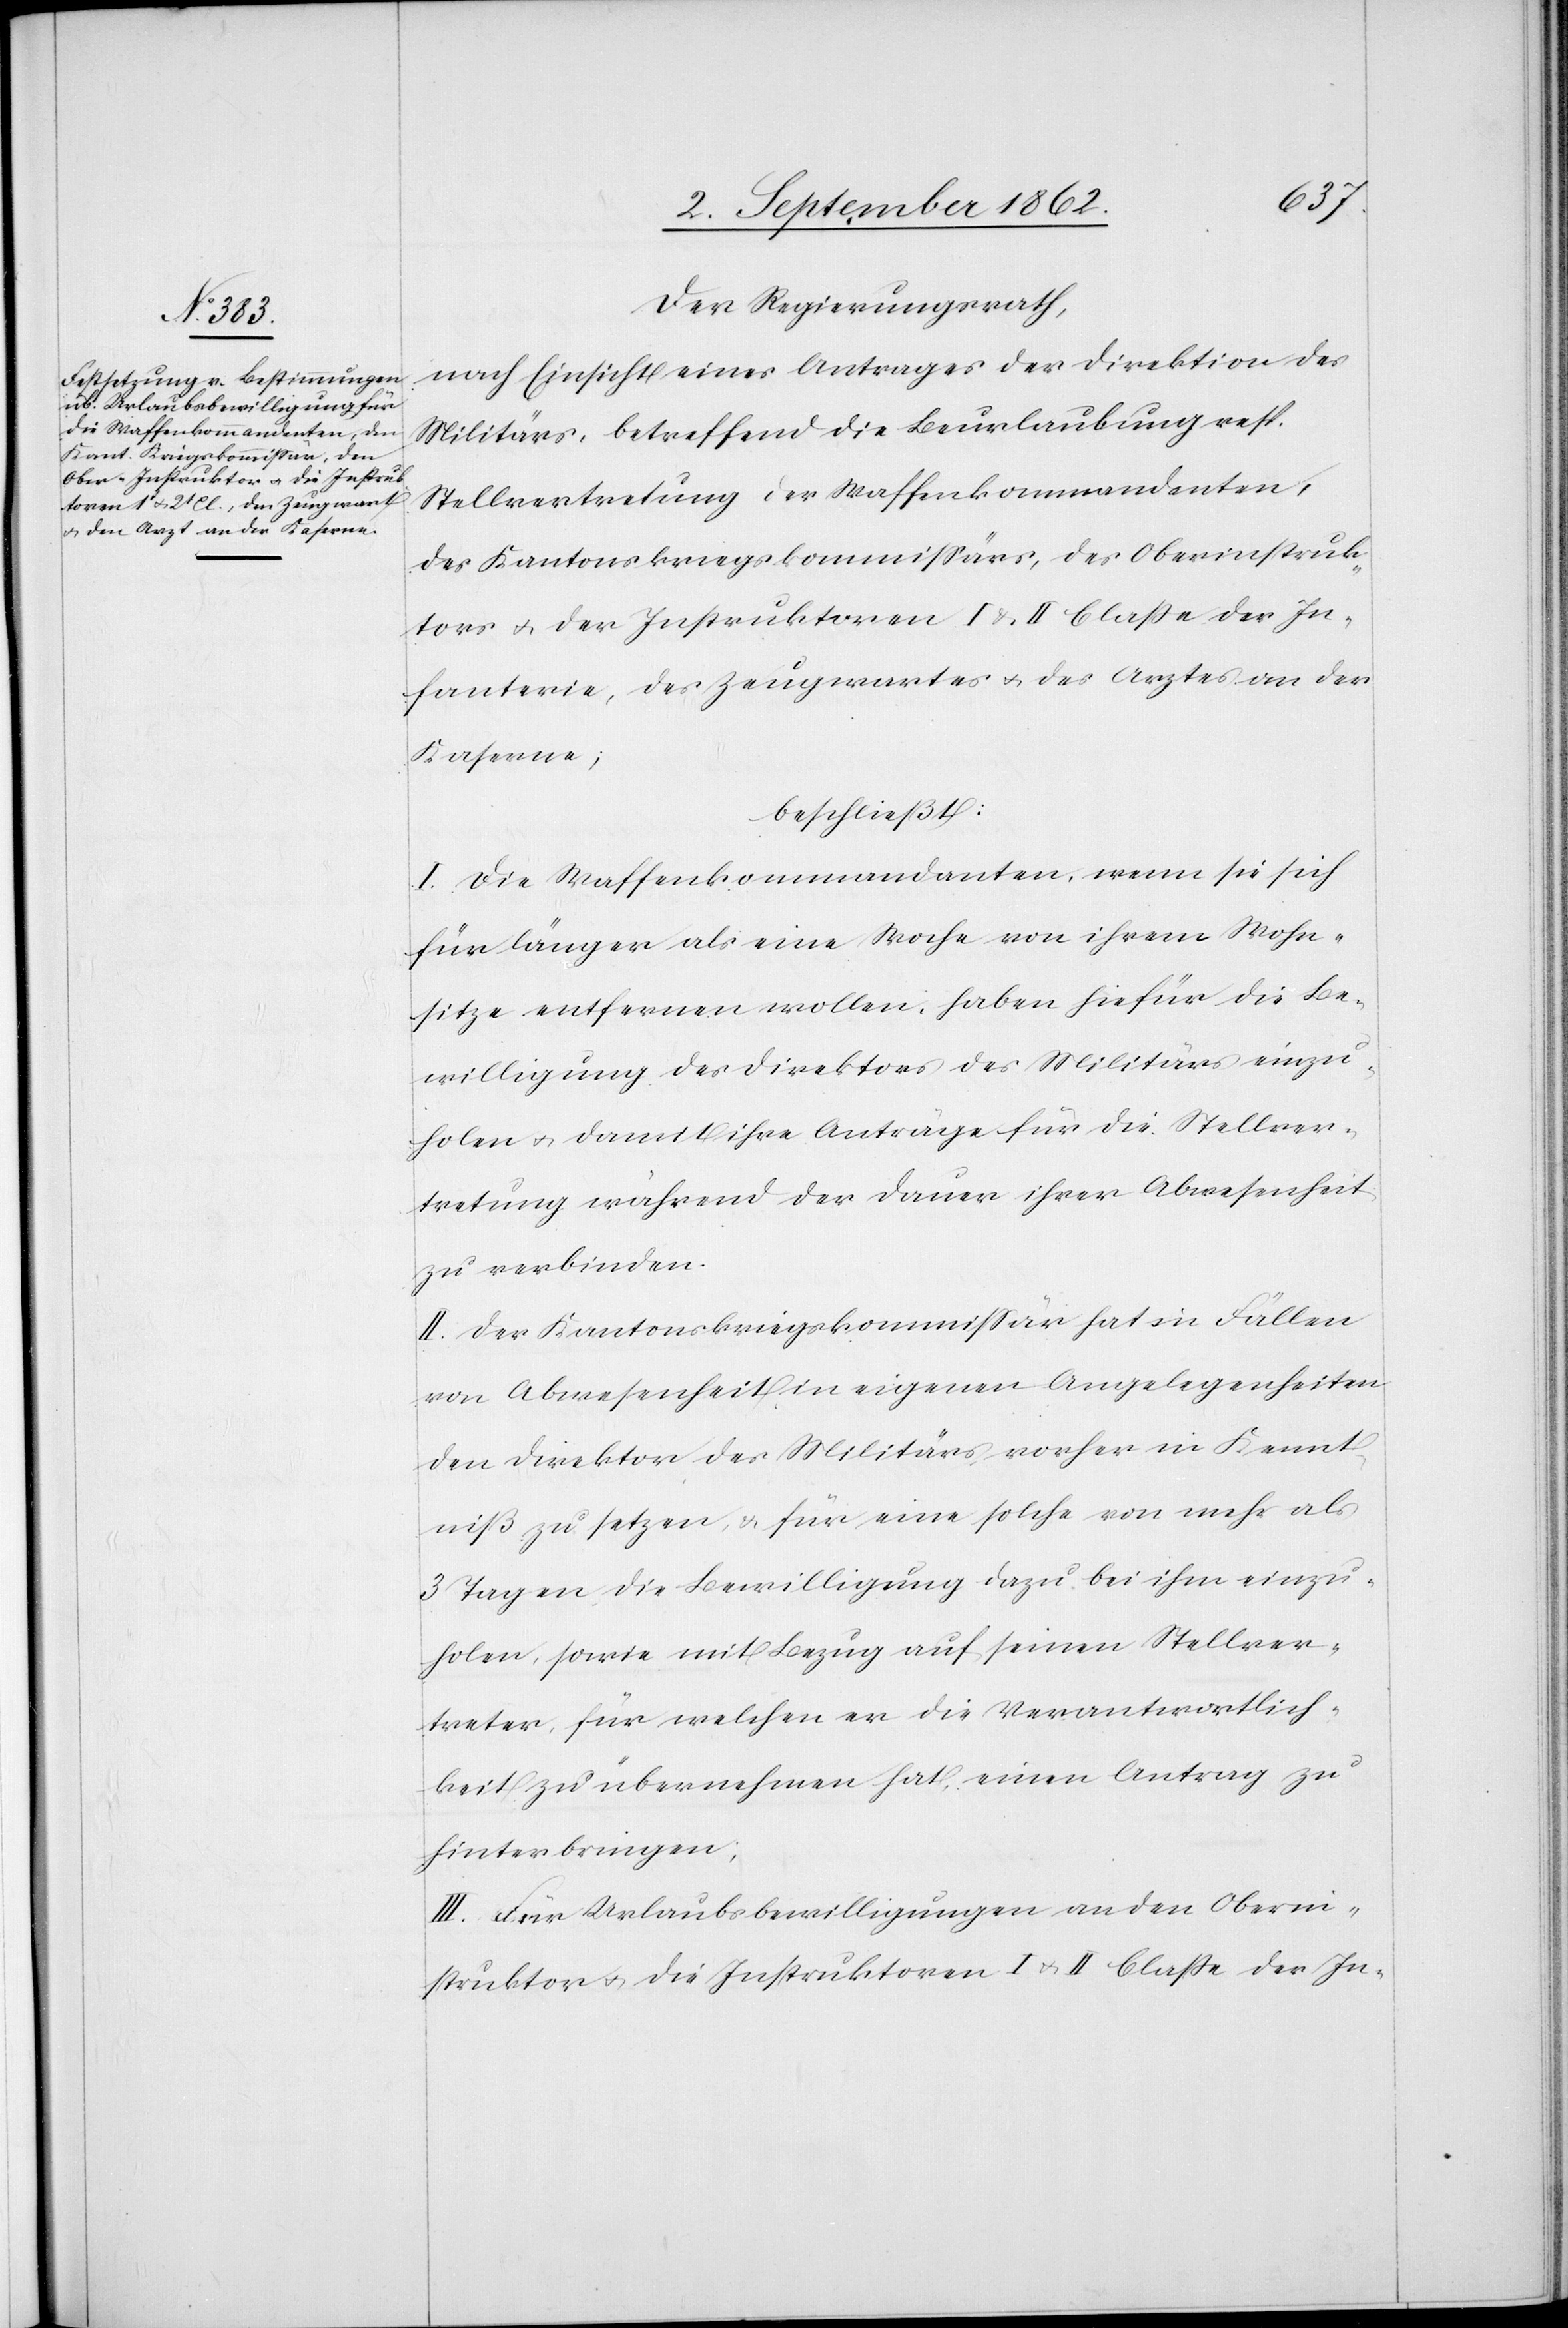
Der Regierungsrath,
nach Einsicht eines Antrages der Direktion des
Militärs, betreffend die Beurlaubung resp.
Stellvertretung der Waffenkommandanten,
des Kantonskriegskommißärs, des Oberinstruk¬
tors u. der Instruktoren I u. II Classe der In¬
fanterie, des Zeugwartes u. des Arztes an der
Kaserne;
beschließt:
I. Die Waffenkommandanten, wenn sie sich
für länger als eine Woche von ihrem Wohn¬
sitze entfernen wollen, haben hiefür die Be¬
willigung des Direktors des Militärs einzu¬
holen u. damit ihre Anträge für die Stellver¬
tretung während der Dauer ihrer Abwesenheit
zu verbinden.
II. Der Kantonskriegskommißär hat in Fällen
von Abwesenheit in eigenen Angelegenheiten
den Direktor des Militärs vorher in Kennt¬
niß zu setzen, u. für eine solche von mehr als
3 Tagen die Bewilligung dazu bei ihm einzu¬
holen, sowie mit Bezug auf seinen Stellver¬
treter, für welchen er die Verantwortlich¬
keit zu übernehmen hat, einen Antrag zu
hinterbringen;
III. Für Urlaubsbewilligungen an den Oberin¬
struktor u. die Instruktoren I u. II Classe der In-